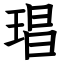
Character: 琩